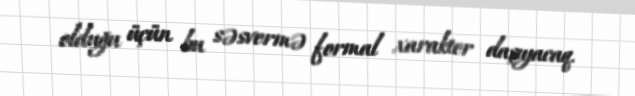
olduğu üçün bu səsvermə formal xarakter daşıyacaq.